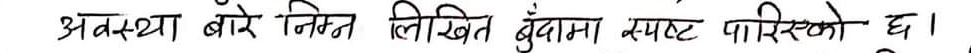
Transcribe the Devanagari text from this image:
अथवा बारे निम्न लिखित बुँदामा स्पष्ट पारिएको छ।